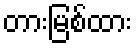
တားမြစ်ထား